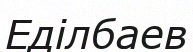
Еділбаев